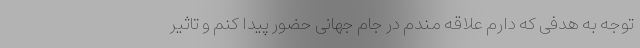
توجه به هدفی که دارم علاقه مندم در جام جهانی حضور پیدا کنم و تاثیر